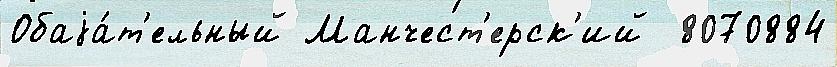
Обаjа́т'ельный Манчест'ерск'ий  8070884